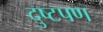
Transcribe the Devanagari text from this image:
दुष्टपण